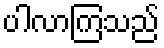
ပါလာကြသည်